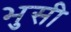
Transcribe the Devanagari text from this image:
भुसी